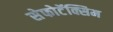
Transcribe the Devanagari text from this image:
सेफोटॅक्सिम